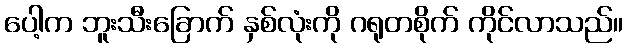
ပေါ့က ဘူးသီးခြောက် နှစ်လုံးကို ဂရုတစိုက် ကိုင်လာသည်။